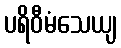
ပရိဝီမံသေယျ